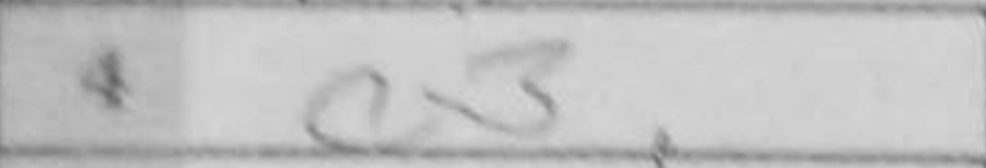
Transcription: c3